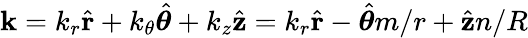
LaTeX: \mathbf{k}=k_{r}\hat{\mathbf{r}}+k_{\theta}\hat{\boldsymbol{\theta}}+k_{z}\hat{\mathbf{z}}=k_{r}\hat{\mathbf{r}}-\hat{\boldsymbol{\theta}}m/r+\hat{\mathbf{z}}n/R